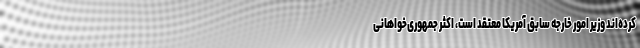
کرده‌اند وزیر امور خارجه سابق آمریکا معتقد است، اکثر جمهوری‌خواهانی